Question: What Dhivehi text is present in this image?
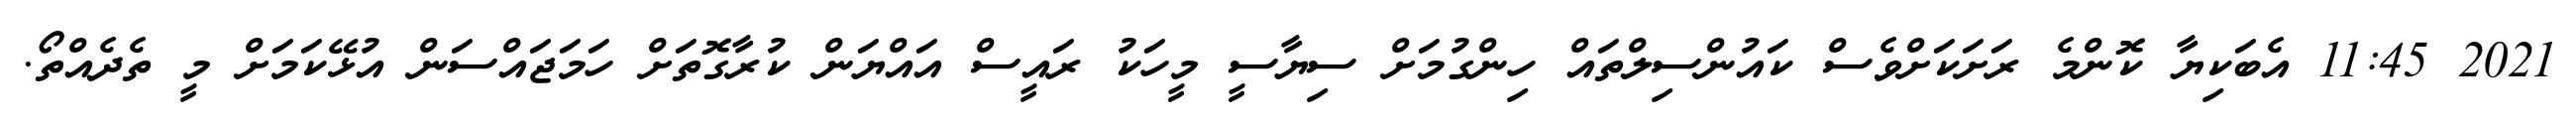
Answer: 2021 11:45 އެބަކިޔާ ކޮންމެ ރަށަކަށްވެސް ކައުންސިލްތައް ހިންގުމަށް ސިޔާސީ މީހަކު ރައީސް އައްޔަން ކުރާގޮތަށް ހަމަޖައްސަން އުޅޭކަމަށް މީ ތެދެއްތޯ.